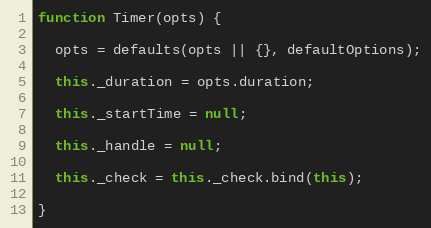
Language: JavaScript
function Timer(opts) {

  opts = defaults(opts || {}, defaultOptions);

  this._duration = opts.duration;

  this._startTime = null;

  this._handle = null;

  this._check = this._check.bind(this);

}